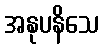
အနုပနိသေ